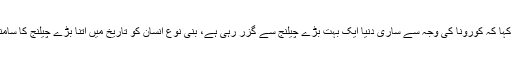
انہوں نے کہا کہ کورونا کی وجہ سے ساری دنیا ایک بہت بڑے چیلنج سے گزر رہی ہے، بنی نوع انسان کو تاریخ میں اتنا بڑے چیلنج کا سامنا نہیں ہوا۔